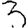
Digit: 3